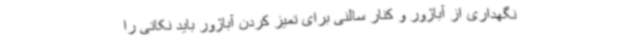
نگهداری از آباژور و کنار سالنی برای تمیز کردن آباژور باید نکاتی را